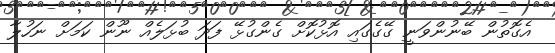
އެގޮތުން ބޭނުންވަނީ ގޭގެގައި އޮޅުކޮށް ގެންގުޅޭ ފަދަ ބުޅަލެއް ނޫން ކަމަށް ނަހުލާ